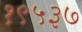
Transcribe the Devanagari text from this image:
१९५३७